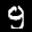
Label: 9